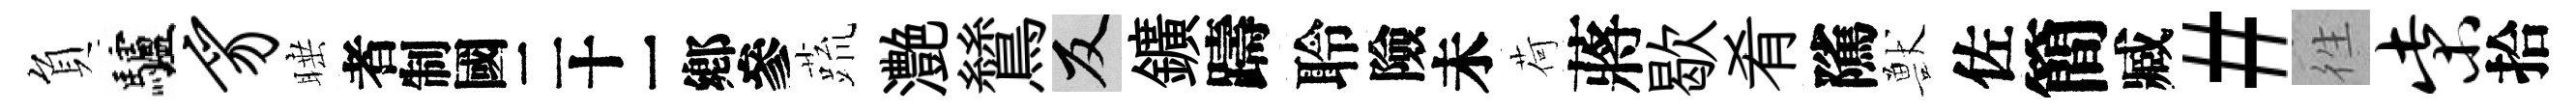
負驢豸睡识蔬灔鷥反鑛躊聆險未荷蔣歇肴隲獸佐簡臧#徃柴拾